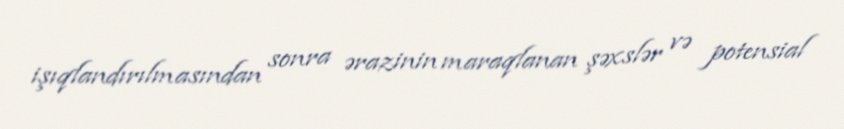
işıqlandırılmasından sonra ərazinin maraqlanan şəxslər və potensial